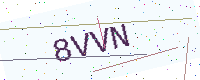
Text: 8VVN